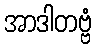
အာဒါတဗ္ဗံ